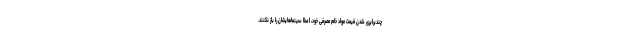
چندبرابری شدن قیمت مواد خام مصرفی خود، اصلا سینماهایشان را باز نکنند.